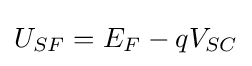
U_{SF}=E_{F}-qV_{SC}